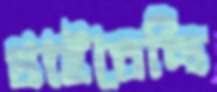
খাইতেছি